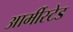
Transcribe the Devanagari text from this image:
आर्मीस्टेड